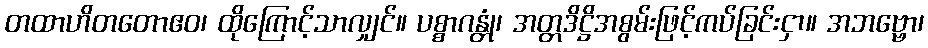
တထာဟိတတောဧဝ၊ ထိုကြောင့်သာလျှင်။ ပစ္စာဂန္တုံ၊ အတ္တဒိဋ္ဌိအစွမ်းဖြင့်ကပ်ခြင်းငှာ။ အဘဗ္ဗော၊